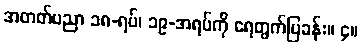
အတတ်ပညာ ၁၈-ရပ်၊ ၁၉-အရပ်ကို ရေတွက်ပြခန်း။ ၄။